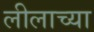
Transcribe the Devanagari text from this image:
लीलाच्या